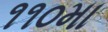
૧૧૦મા